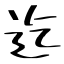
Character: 迄